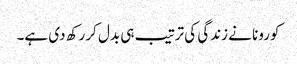
کورونا نے زندگی کی ترتیب ہی بدل کر رکھ دی ہے۔